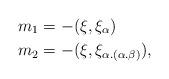
LaTeX: \begin{align*} m_1 &= -(\xi,\xi_\alpha)\\ m_2 &= - (\xi,\xi_{\alpha.(\alpha.\beta)}),\end{align*}